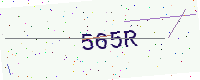
Text: 565R